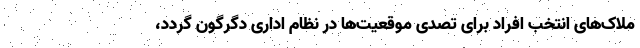
ملاک‌های انتخب افراد برای تصدی موقعیت‌ها در نظام اداری دگرگون گردد،